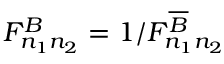
F _ { n _ { 1 } n _ { 2 } } ^ { B } = 1 / F _ { n _ { 1 } n _ { 2 } } ^ { \overline { { B } } }